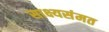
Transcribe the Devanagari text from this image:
साक्ष्यसंमत